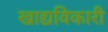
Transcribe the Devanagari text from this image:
खाद्यविकारी